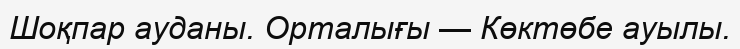
Шоқпар ауданы. Орталығы — Көктөбе ауылы.